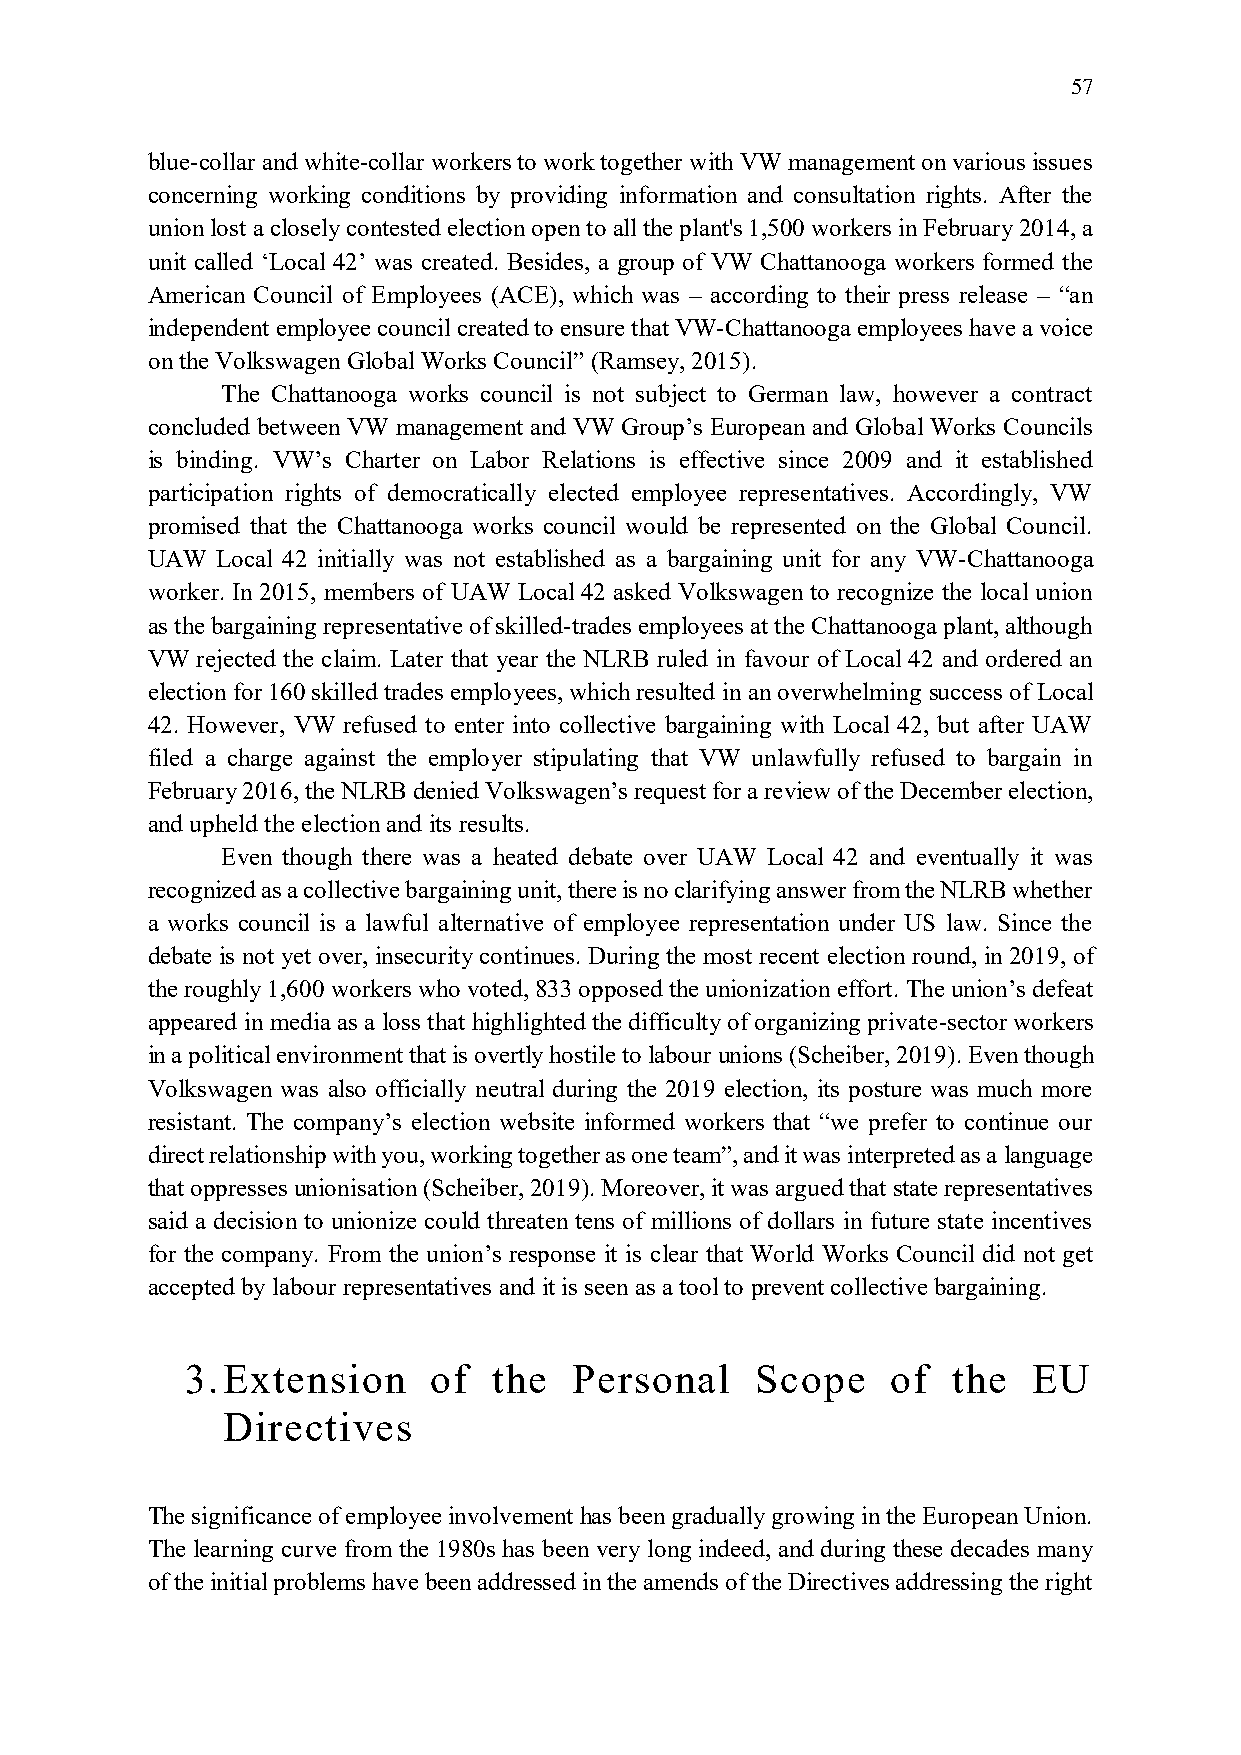
57
 blue-collar and white-collar workers to work together with VW management on various issues
 concerning working conditions by providing information and consultation rights. After the
 union lost a closely contested election open to all the plant's 1,500 workers in February 2014, a
 unit called ‘Local 42’ was created. Besides, a group of VW Chattanooga workers formed the
 American Council of Employees (ACE), which was – according to their press release – “an
 independent employee council created to ensure that VW-Chattanooga employees have a voice
 on the Volkswagen Global Works Council” (Ramsey, 2015).
 The Chattanooga works council is not subject to German law, however a contract
 concluded between VW management and VW Group’s European and Global Works Councils
 is binding. VW’s Charter on Labor Relations is effective since 2009 and it established
 participation rights of democratically elected employee representatives. Accordingly, VW
 promised that the Chattanooga works council would be represented on the Global Council.
 UAW Local 42 initially was not established as a bargaining unit for any VW-Chattanooga
 worker. In 2015, members of UAW Local 42 asked Volkswagen to recognize the local union
 as the bargaining representative of skilled-trades employees at the Chattanooga plant, although
 VW rejected the claim. Later that year the NLRB ruled in favour of Local 42 and ordered an
 election for 160 skilled trades employees, which resulted in an overwhelming success of Local
 42. However, VW refused to enter into collective bargaining with Local 42, but after UAW
 filed a charge against the employer stipulating that VW unlawfully refused to bargain in
 February 2016, the NLRB denied Volkswagen’s request for a review of the December election,
 and upheld the election and its results.
 Even though there was a heated debate over UAW Local 42 and eventually it was
 recognized as a collective bargaining unit, there is no clarifying answer from the NLRB whether
 a works council is a lawful alternative of employee representation under US law. Since the
 debate is not yet over, insecurity continues. During the most recent election round, in 2019, of
 the roughly 1,600 workers who voted, 833 opposed the unionization effort. The union’s defeat
 appeared in media as a loss that highlighted the difficulty of organizing private-sector workers
 in a political environment that is overtly hostile to labour unions (Scheiber, 2019). Even though
 Volkswagen was also officially neutral during the 2019 election, its posture was much more
 resistant. The company’s election website informed workers that “we prefer to continue our
 direct relationship with you, working together as one team”, and it was interpreted as a language
 that oppresses unionisation (Scheiber, 2019). Moreover, it was argued that state representatives
 said a decision to unionize could threaten tens of millions of dollars in future state incentives
 for the company. From the union’s response it is clear that World Works Council did not get
 accepted by labour representatives and it is seen as a tool to prevent collective bargaining.
 3. Extension    of   the  Personal    Scope    of  the  EU
 Directives
 The significance of employee involvement has been gradually growing in the European Union.
 The learning curve from the 1980s has been very long indeed, and during these decades many
 of the initial problems have been addressed in the amends of the Directives addressing the right